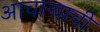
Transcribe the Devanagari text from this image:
आचार्‍याची